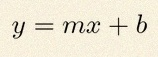
y=mx+b